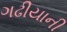
ગઢીયાની